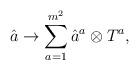
LaTeX: \begin{align*}\hat{a} \rightarrow \sum_{a=1}^{m^{2}}\hat{a}^{a}\otimes T^{a},\end{align*}